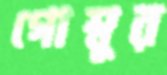
গোম্বুর